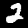
Label: 2